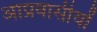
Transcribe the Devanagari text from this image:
आप्रवासीयों